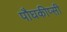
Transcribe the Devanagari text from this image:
पौघकीप्सी